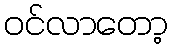
ဝင်လာတော့